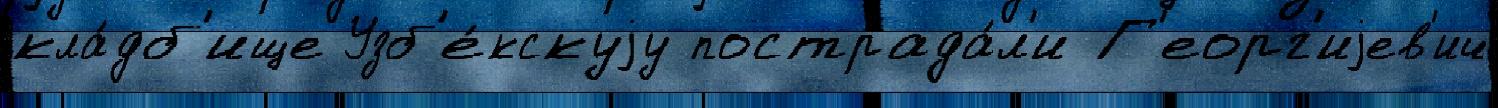
кла́дб'ище Узб'е́кскуjу пострада́л'и Г'еорг'иjев'ич